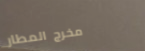
مخرج المطار